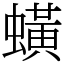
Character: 蟥